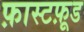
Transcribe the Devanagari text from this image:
फ़ास्टफ़ूड